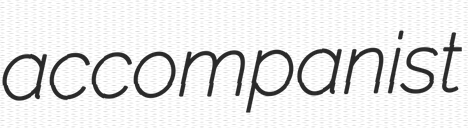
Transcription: accompanist